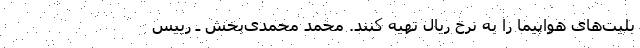
بلیت‌های هواپیما را به نرخ ریال تهیه کنند. محمد محمدی‌بخش ـ رییس